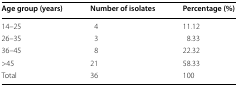
<table><thead><tr><td><b>Age group (years)</b></td><td><b>Number of isolates</b></td><td><b>Percentage (%)</b></td></tr></thead><tbody><tr><td>14–25</td><td>4</td><td>11.12</td></tr><tr><td>26–35</td><td>3</td><td>8.33</td></tr><tr><td>36–45</td><td>8</td><td>22.32</td></tr><tr><td>&gt;45</td><td>21</td><td>58.33</td></tr><tr><td>Total</td><td>36</td><td>100</td></tr></tbody></table>